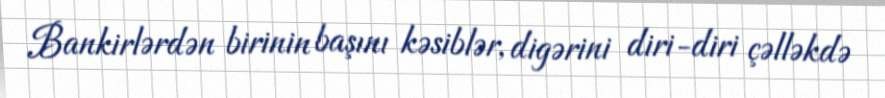
Bankirlərdən birinin başını kəsiblər, digərini diri-diri çəlləkdə